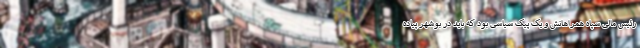
رئیس مالی سپاه همراهانش و یک پِیکِ سیاسی بود که باید در بوشهر پیاده